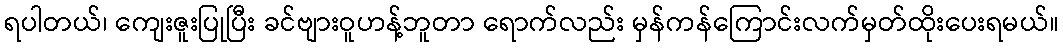
ရပါတယ်၊ ကျေးဇူးပြုပြီး ခင်ဗျားဝူဟန့်ဘူတာ ရောက်လည်း မှန်ကန်ကြောင်းလက်မှတ်ထိုးပေးရမယ်။